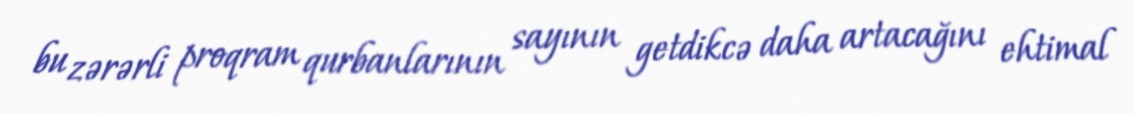
bu zərərli proqram qurbanlarının sayının getdikcə daha artacağını ehtimal